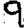
Digit: 9